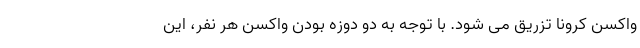
واکسن کرونا تزریق می شود. با توجه به دو دوزه بودن واکسن هر نفر، این